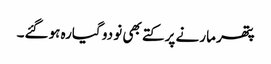
پتھر مارنے پر کتے بھی نو دو گیارہ ہوگئے۔